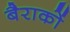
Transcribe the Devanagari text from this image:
बैराकों